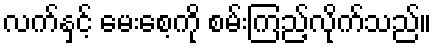
လက်နှင့် မေးစေ့ကို စမ်းကြည့်လိုက်သည်။